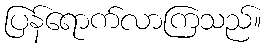
ပြန်ရောက်လာကြသည်။